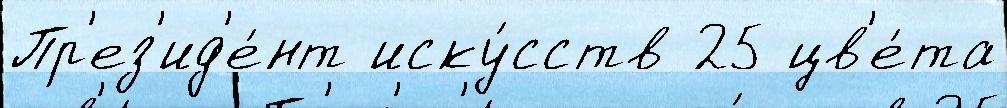
Пр'ез'ид'е́нт иску́сств 25 цв'е́та